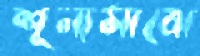
শূন্যমাঝে